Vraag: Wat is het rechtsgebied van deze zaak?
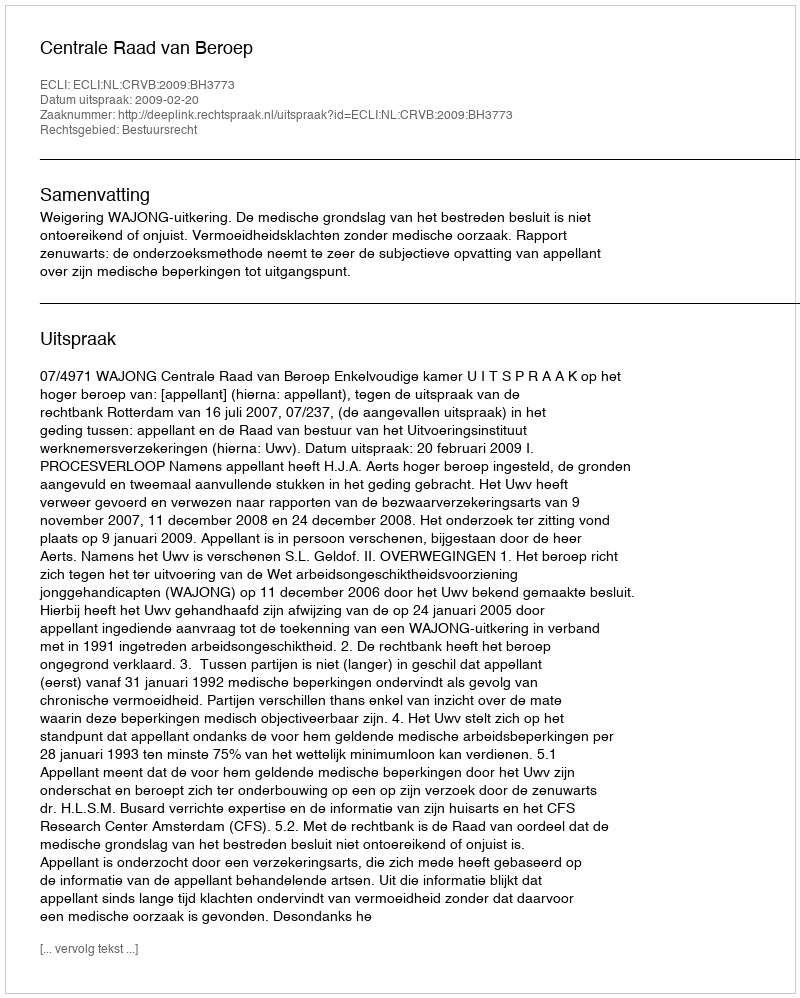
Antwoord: Bestuursrecht